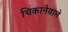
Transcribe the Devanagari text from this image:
चिकानेवाले